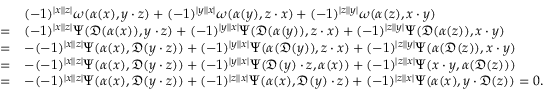
\begin{array} { r l } & { ( - 1 ) ^ { | x | | z | } \omega ( \alpha ( x ) , y \cdot z ) + ( - 1 ) ^ { | y | | x | } \omega ( \alpha ( y ) , z \cdot x ) + ( - 1 ) ^ { | z | | y | } \omega ( \alpha ( z ) , x \cdot y ) } \\ { = } & { ( - 1 ) ^ { | x | | z | } \Psi ( \mathfrak { D } ( \alpha ( x ) ) , y \cdot z ) + ( - 1 ) ^ { | y | | x | } \Psi ( \mathfrak { D } ( \alpha ( y ) ) , z \cdot x ) + ( - 1 ) ^ { | z | | y | } \Psi ( \mathfrak { D } ( \alpha ( z ) ) , x \cdot y ) } \\ { = } & { - ( - 1 ) ^ { | x | | z | } \Psi ( \alpha ( x ) , \mathfrak { D } ( y \cdot z ) ) + ( - 1 ) ^ { | y | | x | } \Psi ( \alpha ( \mathfrak { D } ( y ) ) , z \cdot x ) + ( - 1 ) ^ { | z | | y | } \Psi ( \alpha ( \mathfrak { D } ( z ) ) , x \cdot y ) } \\ { = } & { - ( - 1 ) ^ { | x | | z | } \Psi ( \alpha ( x ) , \mathfrak { D } ( y \cdot z ) ) + ( - 1 ) ^ { | y | | x | } \Psi ( \mathfrak { D } ( y ) \cdot z , \alpha ( x ) ) + ( - 1 ) ^ { | z | | x | } \Psi ( x \cdot y , \alpha ( \mathfrak { D } ( z ) ) ) } \\ { = } & { - ( - 1 ) ^ { | x | | z | } \Psi ( \alpha ( x ) , \mathfrak { D } ( y \cdot z ) ) + ( - 1 ) ^ { | z | | x | } \Psi ( \alpha ( x ) , \mathfrak { D } ( y ) \cdot z ) + ( - 1 ) ^ { | z | | x | } \Psi ( \alpha ( x ) , y \cdot \mathfrak { D } ( z ) ) = 0 . } \end{array}